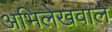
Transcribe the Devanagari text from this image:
अभिलेखवाले